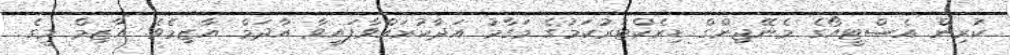
ކުރިން އެސްޓީއޯގެ މެނޭޖިންގް ޑިރެކްޓަރުކަމުގެ މަގާމު އަދާކުރައްވާފައިވާ އާދަމް އާޒިމެވެ. އާޒިމް މީގެ